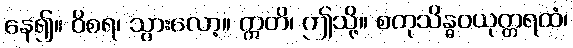
နေ၍။ ဝိစရ၊ သွားလော့။ ဣတိ၊ ဤသို့။ စတုသိန္ဓဝယုတ္တရထံ၊